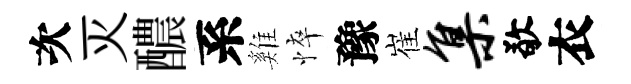
次灭醲系雞悴豫崔集敬衣